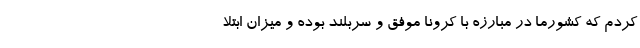
کردم که کشورما در مبارزه با کرونا موفق و سربلند بوده و میزان ابتلا